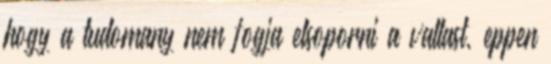
hogy a tudomany nem fogja elsoporni a vallast, eppen